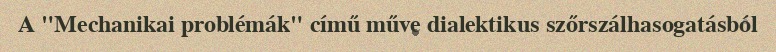
A "Mechanikai problémák" című műve dialektikus szőrszálhasogatásból